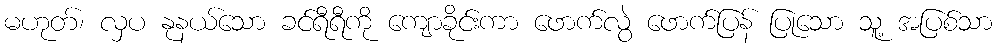
မဟုတ်၊ လှပ နုနယ်သော ခင်ရီရီကို ကျောခိုင်းကာ ဖောက်လွဲ ဖောက်ပြန် ပြုသော သူ့ အပြစ်သာ